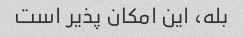
بله، این امکان پذیر است